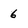
Character: 6